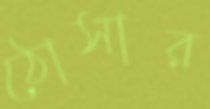
ঠোসার